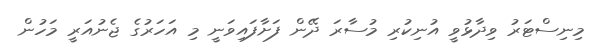
މިނިސްޓަރު ވިދާޅުވީ އުނިކުރި މުސާރަ ދޭން ފަށާފައިވަނީ މި އަހަރުގެ ޖެނުއަރީ މަހުން